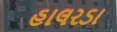
હાલરડા